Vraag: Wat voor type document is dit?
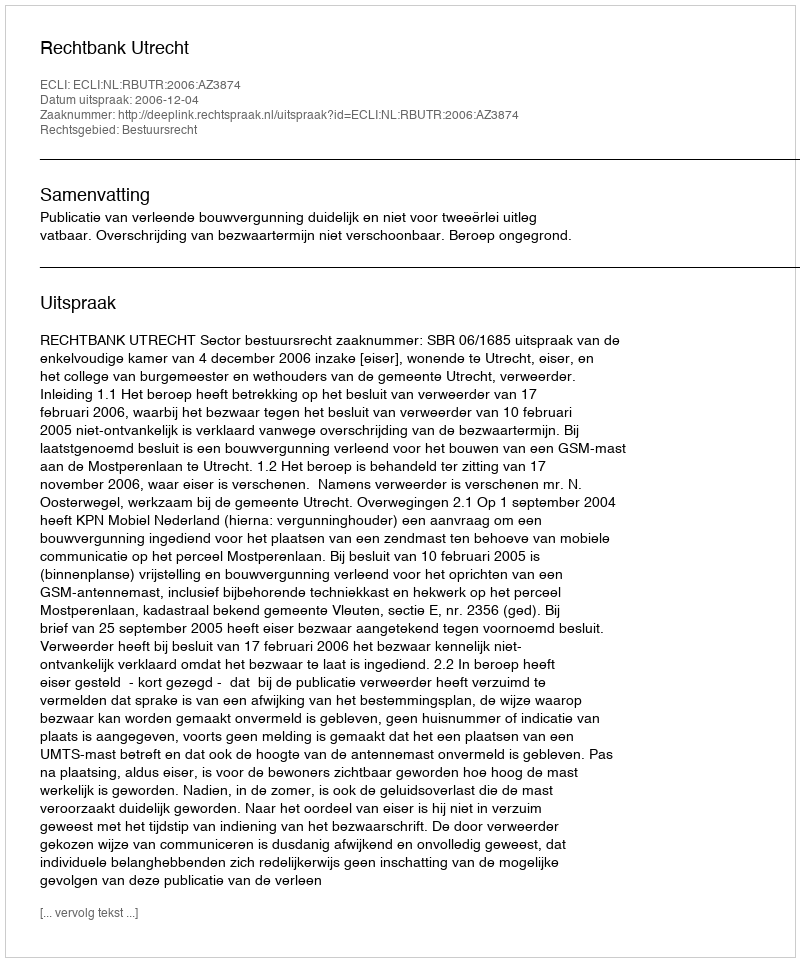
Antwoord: Uitspraak